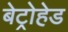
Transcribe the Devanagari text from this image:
बेट्रोहेड